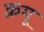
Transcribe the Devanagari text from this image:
क्रमू